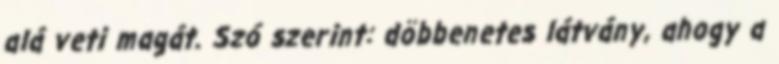
alá veti magát. Szó szerint: döbbenetes látvány, ahogy a